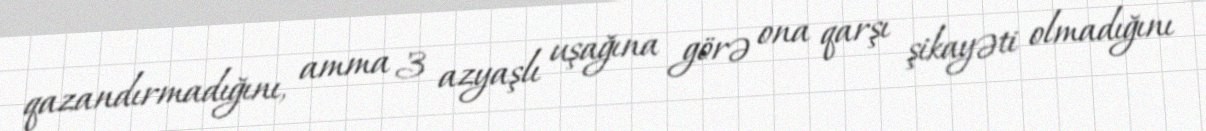
qazandırmadığını, amma 3 azyaşlı uşağına görə ona qarşı şikayəti olmadığını